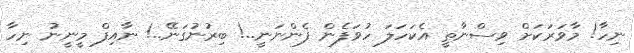
ނިހާ! މާވަރަކަށް ވިސްނާތީ އެކަހަލަ ހުވަފެން ފެންނަނީ..! ބިރުނުގަނޭ..! ނާއިފް މީނީނު ނިހާ